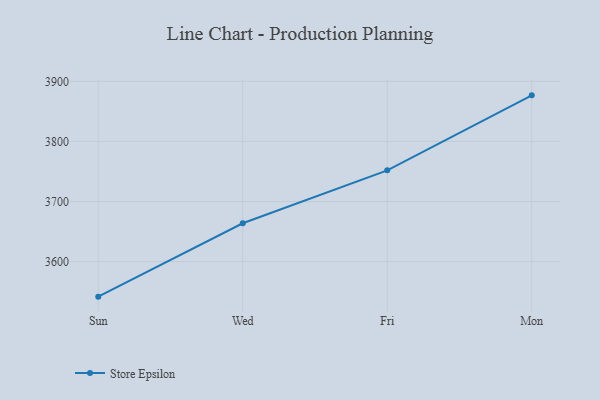
{"axis": {"x": "Day", "y": "Population (Million)"}, "legend": ["Store Epsilon"], "data": [{"x": "Sun", "y": 3541.8, "type": "Store Epsilon"}, {"x": "Wed", "y": 3663.9, "type": "Store Epsilon"}, {"x": "Fri", "y": 3751.9, "type": "Store Epsilon"}, {"x": "Mon", "y": 3876.7, "type": "Store Epsilon"}]}